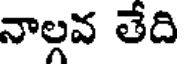
నాల్గవ తేది